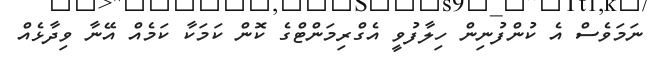
ނަމަވެސް އެ ކުންފުނިން ހިލާފުވީ އެގްރިމަންޓްގެ ކޮން ކަމަކާ ކަމެއް އޭނާ ވިދާޅެއް